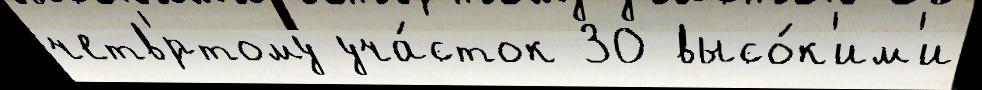
четв'́ртому уча́сток 30 высо́к'им'и